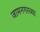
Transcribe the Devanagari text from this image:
जामनगरच्या